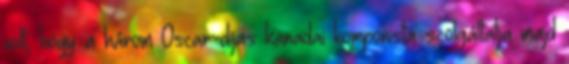
volt, hogy a három Oscar-díjas kanadai komponista szolgáltatja majd